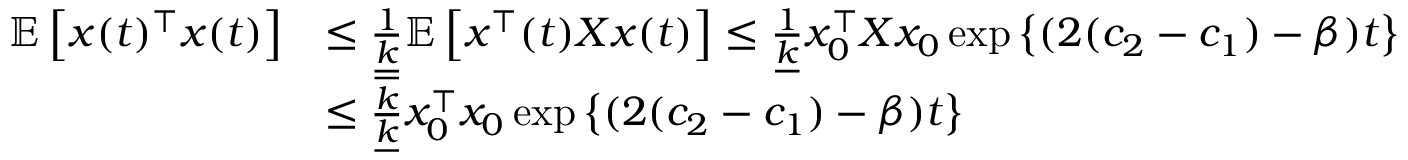
\begin{array} { r l } { \mathbb E \left[ x ( t ) ^ { \top } x ( t ) \right] } & { \leq \frac { 1 } { \underline { k } } \mathbb E \left[ x ^ { \top } ( t ) X x ( t ) \right] \leq \frac { 1 } { \underline { k } } x _ { 0 } ^ { \top } X x _ { 0 } \exp \left\{ ( 2 ( c _ { 2 } - c _ { 1 } ) - \beta ) t \right\} } \\ & { \leq \frac { \overline { k } } { \underline { k } } x _ { 0 } ^ { \top } x _ { 0 } \exp \left\{ ( 2 ( c _ { 2 } - c _ { 1 } ) - \beta ) t \right\} } \end{array}